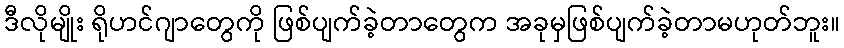
ဒီလိုမျိုး ရိုဟင်ဂျာတွေကို ဖြစ်ပျက်ခဲ့တာတွေက အခုမှဖြစ်ပျက်ခဲ့တာမဟုတ်ဘူး။